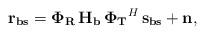
LaTeX: \begin{align*}{\bf r_{bs}} = {\bf \Phi_{R}} \, {\bf H_{b}} \, {\bf \Phi_{T}}^{H} \, {\bf s_{bs}} + {\bf n},\end{align*}